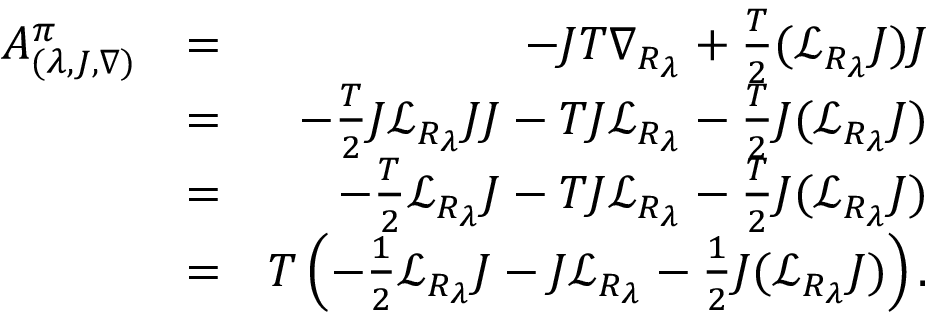
\begin{array} { r l r } { A _ { ( \lambda , J , \nabla ) } ^ { \pi } } & { = } & { - J T \nabla _ { R _ { \lambda } } + \frac { T } { 2 } ( { \mathcal L } _ { R _ { \lambda } } J ) J } \\ & { = } & { - \frac { T } 2 J { \mathcal L } _ { R _ { \lambda } } J J - T J { \mathcal L } _ { R _ { \lambda } } - \frac { T } { 2 } J ( { \mathcal L } _ { R _ { \lambda } } J ) } \\ & { = } & { - \frac { T } 2 { \mathcal L } _ { R _ { \lambda } } J - T J { \mathcal L } _ { R _ { \lambda } } - \frac { T } { 2 } J ( { \mathcal L } _ { R _ { \lambda } } J ) } \\ & { = } & { T \left( - \frac 1 2 { \mathcal L } _ { R _ { \lambda } } J - J { \mathcal L } _ { R _ { \lambda } } - \frac { 1 } { 2 } J ( { \mathcal L } _ { R _ { \lambda } } J ) \right) . } \end{array}